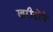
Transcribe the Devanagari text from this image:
खरीदोंगे